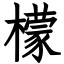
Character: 檬